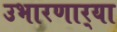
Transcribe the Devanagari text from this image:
उभारणार्‍या